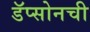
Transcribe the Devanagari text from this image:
डॅप्सोनची